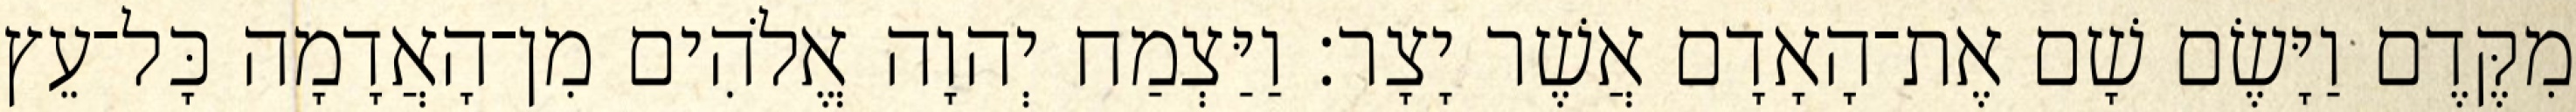
מִקֶּדֶם וַיָּשֶׂם שָׁם אֶת־הָאָדָם אֲשֶׁר יָצָר׃ וַיַּצְמַח יְהוָה אֱלֹהִים מִן־הָאֲדָמָה כָּל־עֵץ